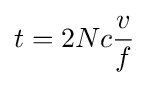
t=2Nc{\frac {v}{f}}